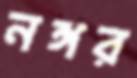
নঙ্গর